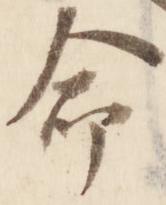
命